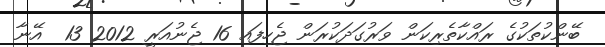
ބޭންކުތަކުގެ ރައްކާތެރިކަން ވަރުގަދަކުރަން ޖެހިފައި 16 ޖެނުއަރީ 2012 13  އޭނާ